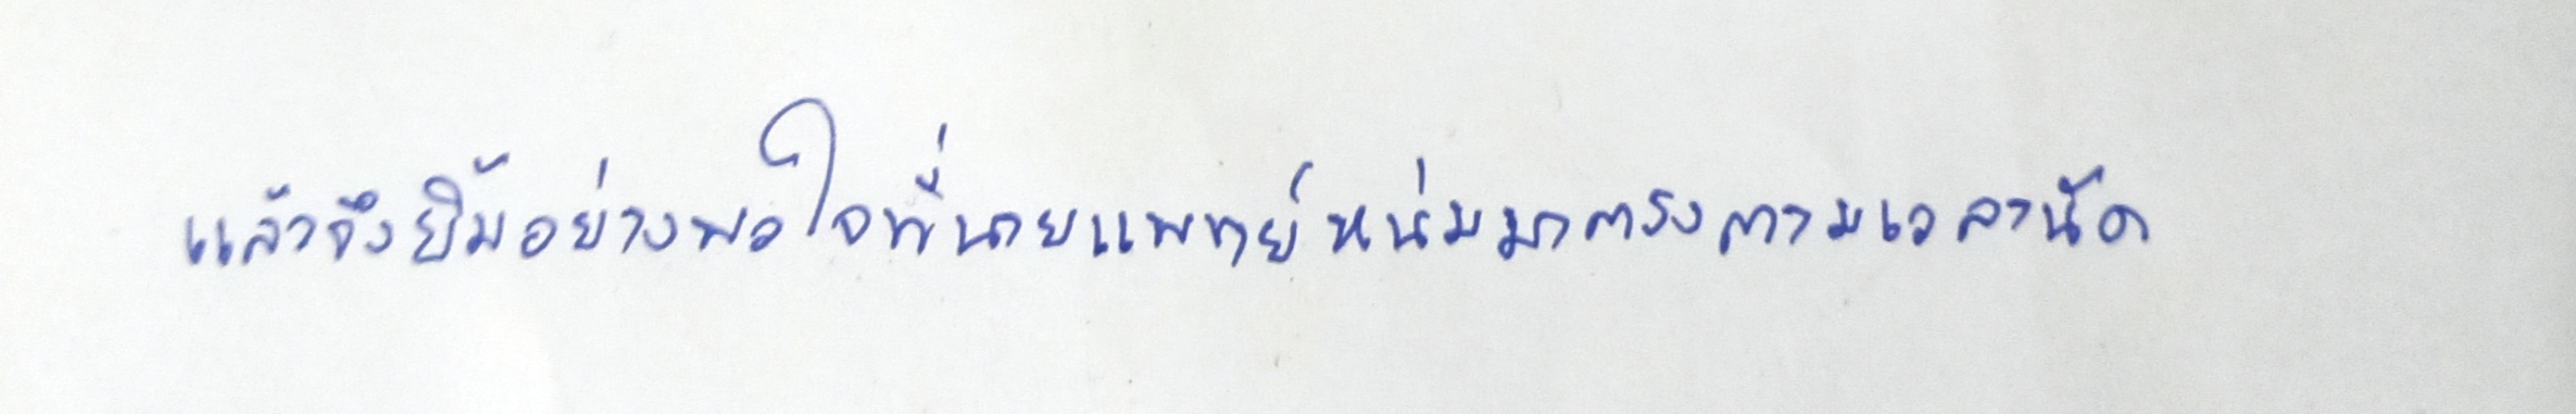
แล้วจึงยิ้มอย่างพอใจที่นายแพทย์หนุ่มมาตรงตามเวลานัด